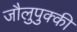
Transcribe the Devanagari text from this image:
जौलुपुक्की